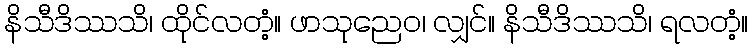
နိသီဒိဿသိ၊ ထိုင်လတံ့။ ဖာသုညေဝ၊ လျှင်။ နိသီဒိဿသိ၊ ရလတံ့။